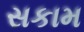
સકામ